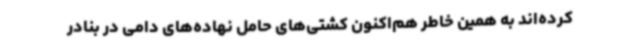
کرده‌اند به همین خاطر هم‌اکنون کشتی‌های حامل نهاده‌های دامی در بنادر